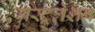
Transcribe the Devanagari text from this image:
गस्ट्रुलेशन